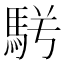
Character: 𩢣